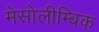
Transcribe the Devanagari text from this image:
मेसोलीम्बिक